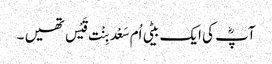
آپؓ کی ایک بیٹی اُم سَعْد بِنْت قَیْس تھیں ۔